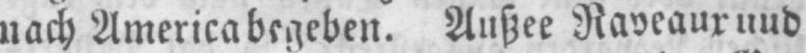
nach America begeben. Außee Raveaur und